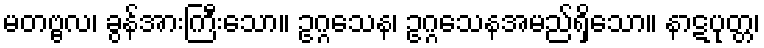
မတဗ္ဗလ၊ ခွန်အားကြီးသော။ ဥဂ္ဂသေန၊ ဥဂ္ဂသေနအမည်ရှိသော။ နာဋပုတ္တ၊